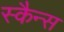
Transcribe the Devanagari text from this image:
स्कैन्स